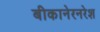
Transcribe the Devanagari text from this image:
बीकानेरनरेश